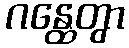
ဂန္ထေတွာ